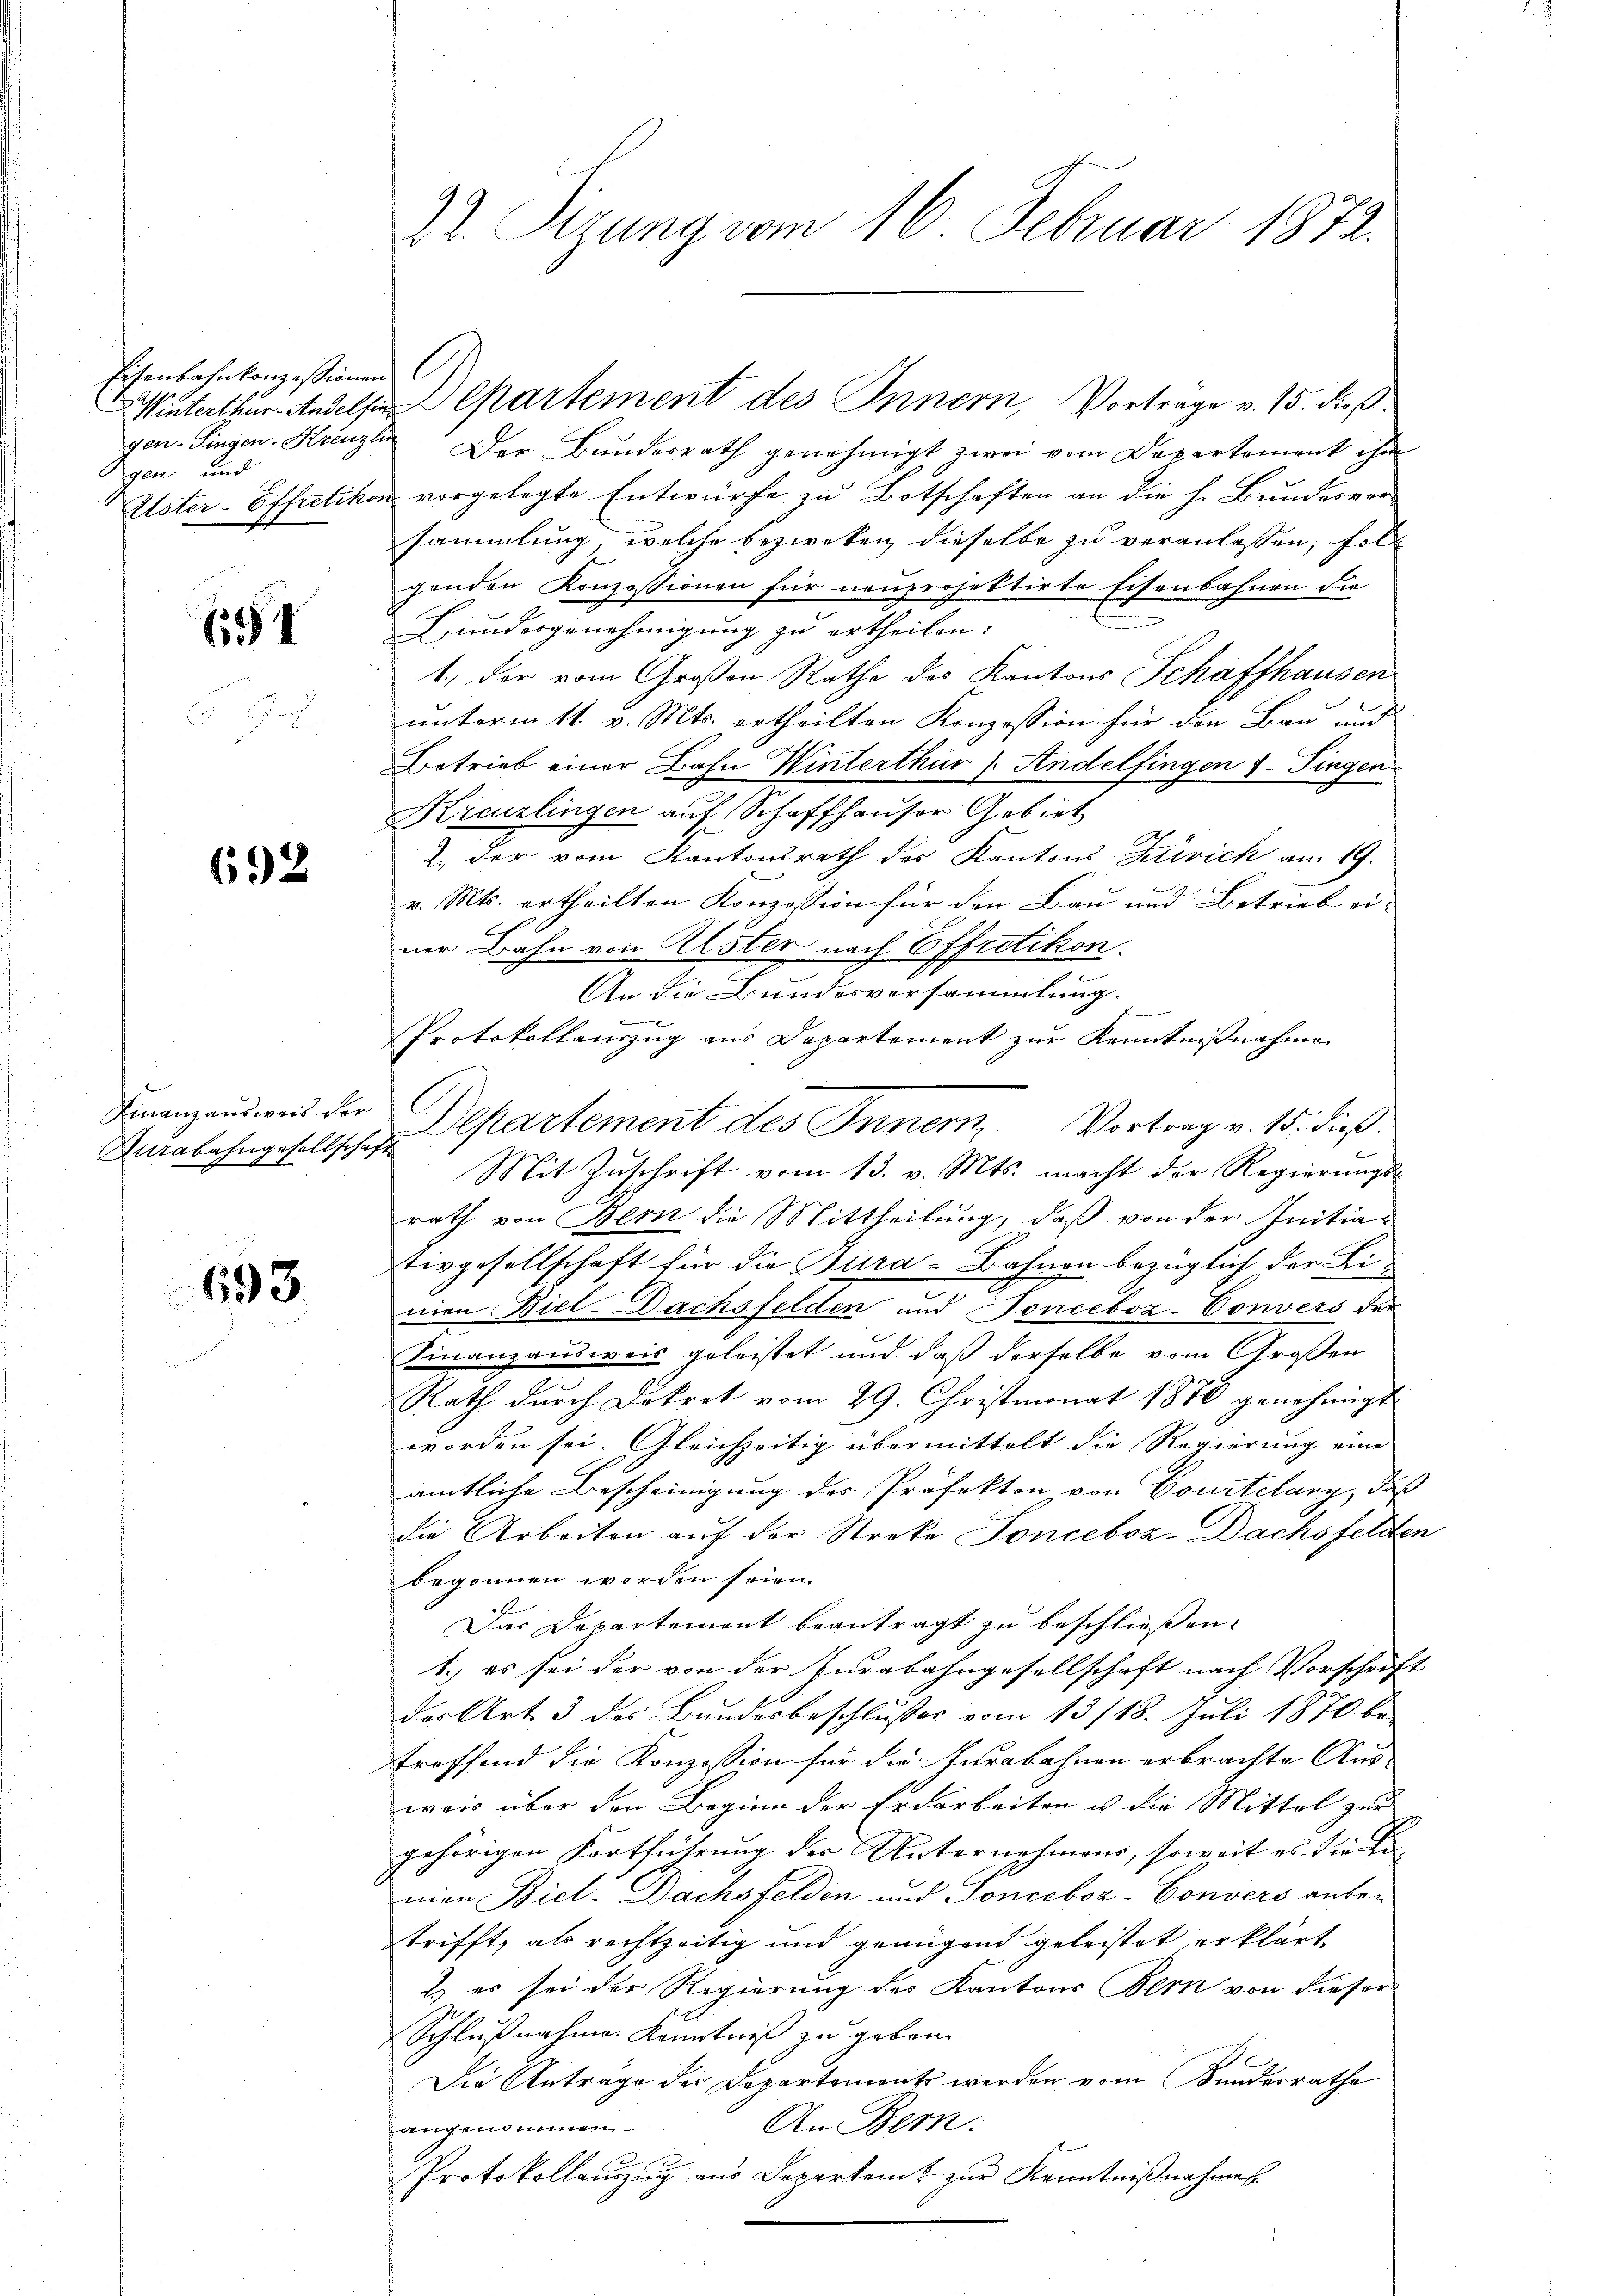
Eisenbahnkonzessionen
gen-Fingen-Kreuzlin
gen und

6

a

692

Finanzausweis der
urabahngesellschaft

693.

Der Bundesrath genehmigt zwei vom Departement ihm
Elster-Effretikon vorgelegte Entwurfe zu Botschaften an die h. Bundesver-
sammlung, welche bezweken dieselbe zu veranlassen, folgenden Konzessionen für neuprojektirte Eisenbahnen die
Hundergenehmigung zu ertheilen:
1., der vom Großen Rathe des Kantons Schaffhausen
unterm 11. v. Mts. ertheilten Konzession für den Bau und
Betrieb einer Bahn Winterthur (Andelfingen J. Fingen
Kreuzlingen auf Schaffhauser Gebiet
2 der vom Kantonsrath des Kantons Zivick am 19.
v. Mts. ertheilten Konzession für den Bau und Betrieb ei-
ner Bahn von Alster nach Effretikon.
An die Bundesversammlung.
Protokollauszug aus Departement zur Kenntnißnahme
Mit Zŭschrift vom 13. v. Mts. macht der Regierŭngs-
rath von Bern die Mittheilung, daß von der Initia
Eivgesellschaft für die Bura-Bahnen bezüglich der Linien Biel-Dachsfelden und Fonciboz-Convers der
Finanzausweis geleistet und daß derselbe vom Großen
Rath durch Dokrot vom 29. Christmonat 1870 genehmigt.
worden sei. Gleichzeitig übermittelt die Regierung eine
amtliche Bescheinigung des Präfekton von Courtelang, daß
die Arbeiten auf der Streke Tonceboz-Dachsfelden
begonnen worden seien.
Das Departement beantragt zu beschließen.
1.) es sei der von der Jurabahngesellschaft nach Vorschrift
des Art 3 des Bundesbeschlusses vom 13/18. Juli 1870 be
treffend die Konzession für die Jurabahnen erbrachte Aus-
weis über den Beginn der Erdarbeiten u die Mittel zur
gehörigen Fortführung der Unternehmens, soweit es die Be-
mien Biel-Dachsfelden und Sonceboa-Convers anbetrifft, als rechtzeitig und genügend geleistet erklärt
2.) es sei der Regierung des Kantons Bern von dieser
Schlußnahme Kenntniß zu gebor
Die Anträge der Departements werden vom Kundesrathe
An Bern.
angenommen.
Protokollanzŭg aŭs Departamt zŭr Kenntnißnahmen.

22. Pirung vom 16. Februar 1872.

Winterthur Andels Departement des Innern, Vortrage v. 15. dieß.

Departement des Innern, Vortrag v. 15. dieß.